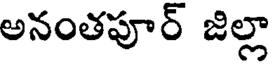
అనంతపూర్ జిల్లా